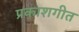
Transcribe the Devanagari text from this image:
प्रकाशगीत